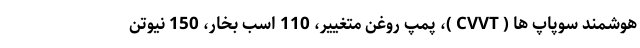
هوشمند سوپاپ ها ( CVVT )، پمپ روغن متغییر، 110 اسب بخار، 150 نیوتن